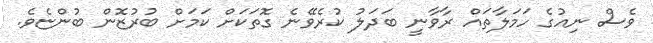
ވެސް ނިއުގެ ހަމަލާތައް ރާވާނީ ބަދަލު ކުރެވޭނެ ގޮތަކަށް ކަމަށް ބުރުޒޮން ބުންޏެވެ.